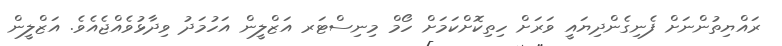
ރައްޔިތުންނަށް ފެނިގެންދިޔައީ ވަރަށް ހިތިކޮށްކަމަށް ހޯމް މިނިސްޓަރ އަޒްލީން އަހުމަދު ވިދާޅުވެއްޖެއެވެ. އަޒްލީން